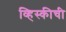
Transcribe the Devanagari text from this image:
व्हिस्कीची